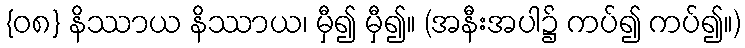
{၀၈} နိဿာယ နိဿာယ၊ မှီ၍ မှီ၍။ (အနီးအပါ၌ ကပ်၍ ကပ်၍။)